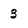
Character: 3